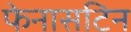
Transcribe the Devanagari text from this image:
फेनासटिन